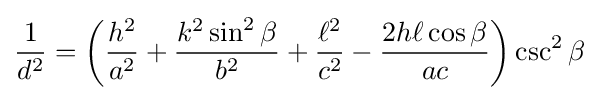
{\frac {1}{d^{2}}}=\left({\frac {h^{2}}{a^{2}}}+{\frac {k^{2}\sin ^{2}\beta }{b^{2}}}+{\frac {\ell ^{2}}{c^{2}}}-{\frac {2h\ell \cos \beta }{ac}}\right)\csc ^{2}\beta